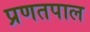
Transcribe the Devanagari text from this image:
प्रणतपाल